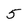
Character: 5